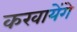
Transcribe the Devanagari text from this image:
करवायेंगे